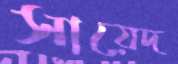
সায়েদ